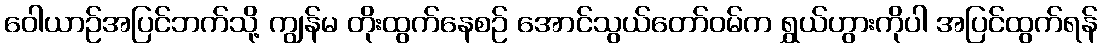
ဝေါယာဉ်အပြင်ဘက်သို့ ကျွန်မ တိုးထွက်နေစဉ် အောင်သွယ်တော်ဝမ်က ရွှယ်ဟွားကိုပါ အပြင်ထွက်ရန်